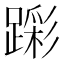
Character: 𮜎